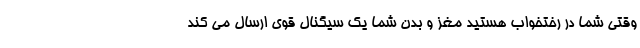
وقتی شما در رختخواب هستید مغز و بدن شما یک سیگنال قوی ارسال می کند